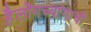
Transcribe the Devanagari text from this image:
हैलोंगच्यांगाची